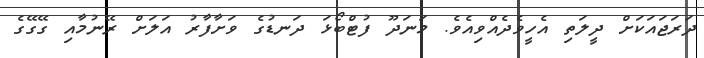
ދަރަޖައަކަށް ދީލަތި އެހީވެދެއްވިއެވެ. މަނަދޫ ފުޓްބޯޅަ ދަނޑުގެ ވަށާފާރު އަލަށް ރޭނުމާއި ގޭގޭގެ